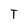
Character: T